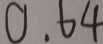
0 . 6 4